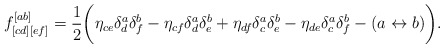
\begin{align*}f^{[ab]}_{[cd][ef]} = {1 \over 2} \bigg( \eta_{ce} \delta^a_d\delta^b_f - \eta_{cf} \delta^a_d\delta^b_e + \eta_{df} \delta^a_c\delta^b_e - \eta_{de} \delta^a_c\delta^b_f - (a \leftrightarrow b) \bigg).\end{align*}